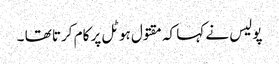
پولیس نے کہا کہ مقتول ہوٹل پر کام کرتا تھا ۔